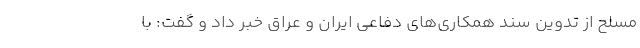
مسلح از تدوین سند همکاری‌های دفاعی ایران و عراق خبر داد و گفت: با